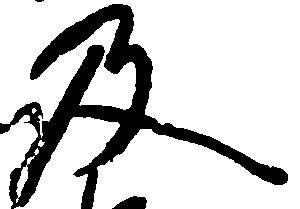
及